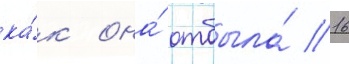
ка́к она́ отбыла́ 16